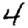
Digit: 4